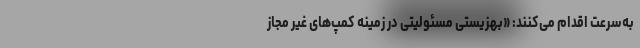
به‌سرعت اقدام می‌کنند: «بهزیستی مسئولیتی در زمینه کمپ‌های غیر مجاز